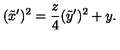
( \tilde { x } ^ { \prime } ) ^ { 2 } = \frac { z } { 4 } ( \tilde { y } ^ { \prime } ) ^ { 2 } + y .